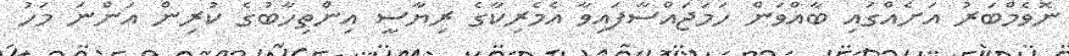
ނޮވެމްބަރު އަށެއްގައި ބާއްވަން ހަމަޖައްސާފައިވާ އެމެރިކާގެ ރިޔާސީ އިންތިހާބުގެ ކުރިން އަންނަ މަހު